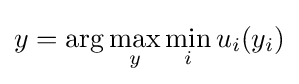
y=\arg \max _{y}\min _{i}u_{i}(y_{i})